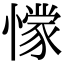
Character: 𭞾